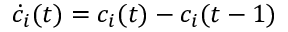
\dot { c } _ { i } ( t ) = c _ { i } ( t ) - c _ { i } ( t - 1 )